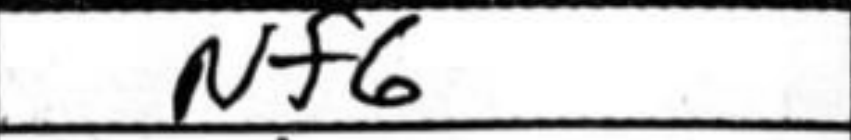
Transcription: Nf6